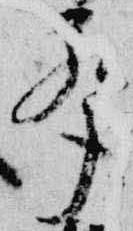
声